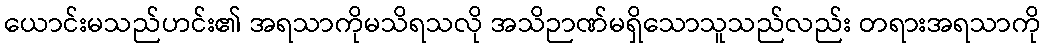
ယောင်းမသည်ဟင်း၏ အရသာကိုမသိရသလို အသိဉာဏ်မရှိသောသူသည်လည်း တရားအရသာကို